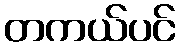
တကယ်ပင်